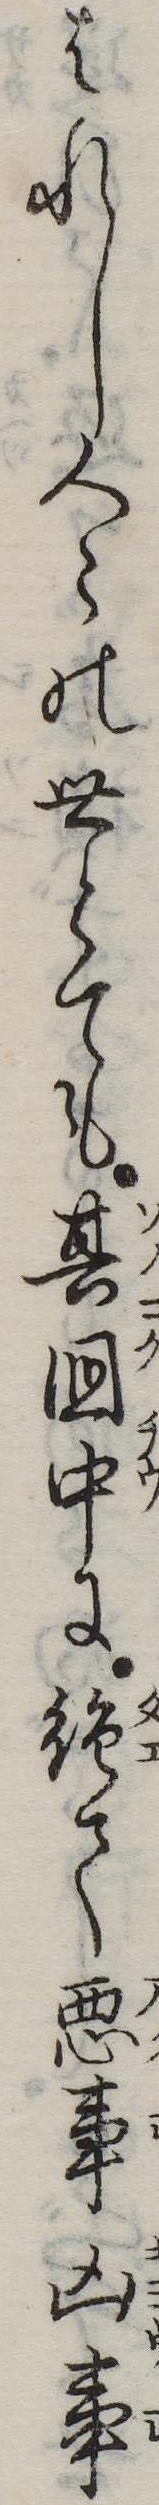
はれし人の世とても其国中に絶て悪事凶事